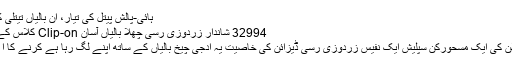
ہائی-پالش پیتل کی تیار، ان بالیاں تیتلی کلا.. $7.49
32994 شاندار زردوزی رسی چھلا بالیاں آسان Clip-on کلاس کے ساتھ مکمل
نفاست اور چلن کی ایک مسحورکن سپلیش ایک نفیس زردوزی رسی ڈیزائن کی خاصیت یہ ادجی چیخ بالیاں کے ساتھ اپنے لگ رہا ہے کرنے کا ا ضافہ کریں ۔